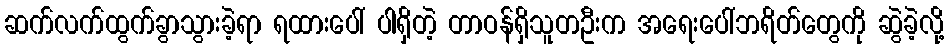
ဆက်လက်ထွက်ခွာသွားခဲ့ရာ ရထားပေါ် ပါရှိတဲ့ တာဝန်ရှိသူတဦးက အရေးပေါ်ဘရိတ်တွေကို ဆွဲခဲ့လို့